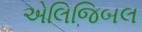
એલિજિબલ